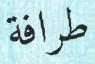
طرافة